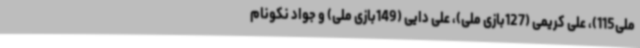
ملی115)، علی کریمی (127بازی ملی)، علی دایی (149بازی ملی) و جواد نکونام